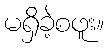
မရှိခဲ့စဖူး။